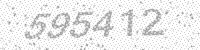
Solution: 595412